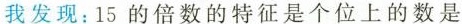
我发现：15的倍数的特征是个位上的数是